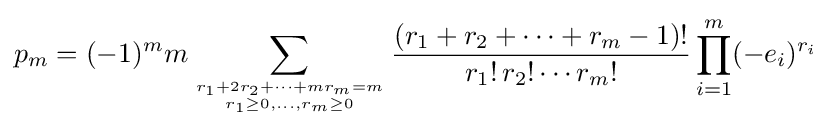
p_{m}=(-1)^{m}m\sum _{r_{1}+2r_{2}+\cdots +mr_{m}=m \atop r_{1}\geq 0,\ldots ,r_{m}\geq 0}{\frac {(r_{1}+r_{2}+\cdots +r_{m}-1)!}{r_{1}!\,r_{2}!\cdots r_{m}!}}\prod _{i=1}^{m}(-e_{i})^{r_{i}}